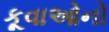
કૂવાઓનો